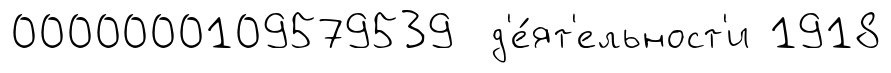
0000000109579539 д'е́ят'ельност'и 1918